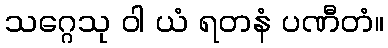
သဂ္ဂေသု ဝါ ယံ ရတနံ ပဏီတံ။